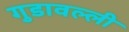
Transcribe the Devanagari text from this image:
गुडावल्ली